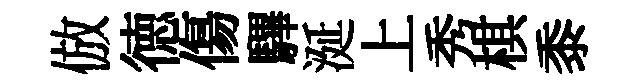
倣徳傷驆涎上秀棋黍